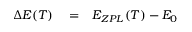
\begin{array} { r l r } { \Delta E ( T ) } & { { } = } & { E _ { Z P L } ( T ) - E _ { 0 } } \end{array}